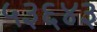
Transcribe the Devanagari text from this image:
५३६४३